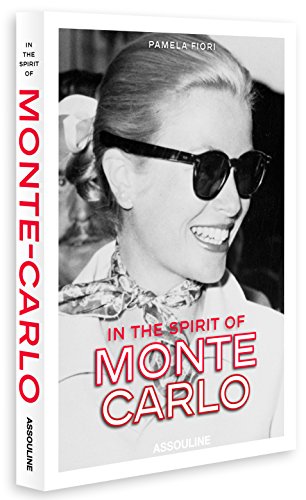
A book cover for In the Spirit of Monte Carlo; Pamela Fiori; Arts & Photography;